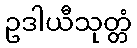
ဥဒါယီသုတ္တံ